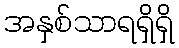
အနှစ်သာရရှိရှိ